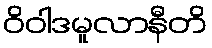
ဝိဝါဒမူလာနီတိ